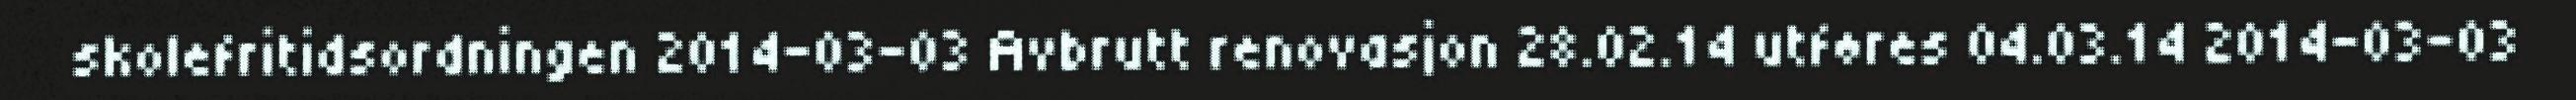
skolefritidsordningen 2014-03-03 Avbrutt renovasjon 28.02.14 utføres 04.03.14 2014-03-03